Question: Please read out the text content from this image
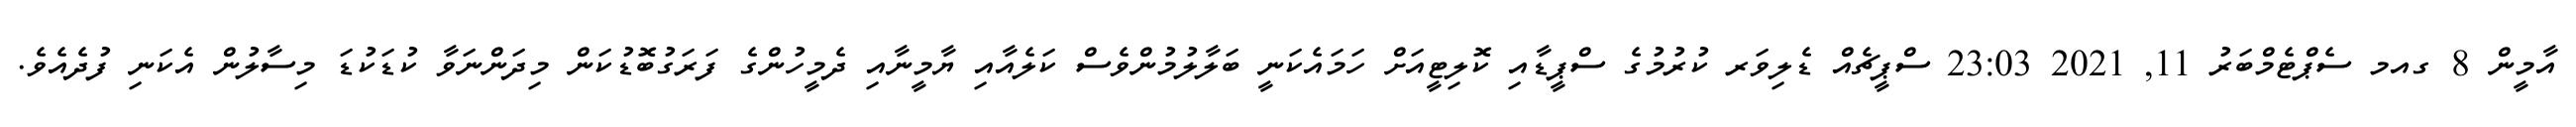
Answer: އާމީން 8 ގއމ ސެޕްޓެމްބަރު 11, 2021 23:03 ސްޕީޗެއް ޑެލިވަރ ކުރުމުގެ ސްޕީޑާއި ކޮލިޓީއަށް ހަމައެކަނީ ބަލާލުމުންވެސް ކަލެއާއި ޔާމީނާއި ދެމީހުންގެ ފަރަގުބޮޑުކަން މިދަންނަވާ ކުޑަކުޑަ މިސާލުން އެކަނި ފުދެއެވެ.